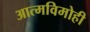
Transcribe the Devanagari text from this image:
आत्मविमोही